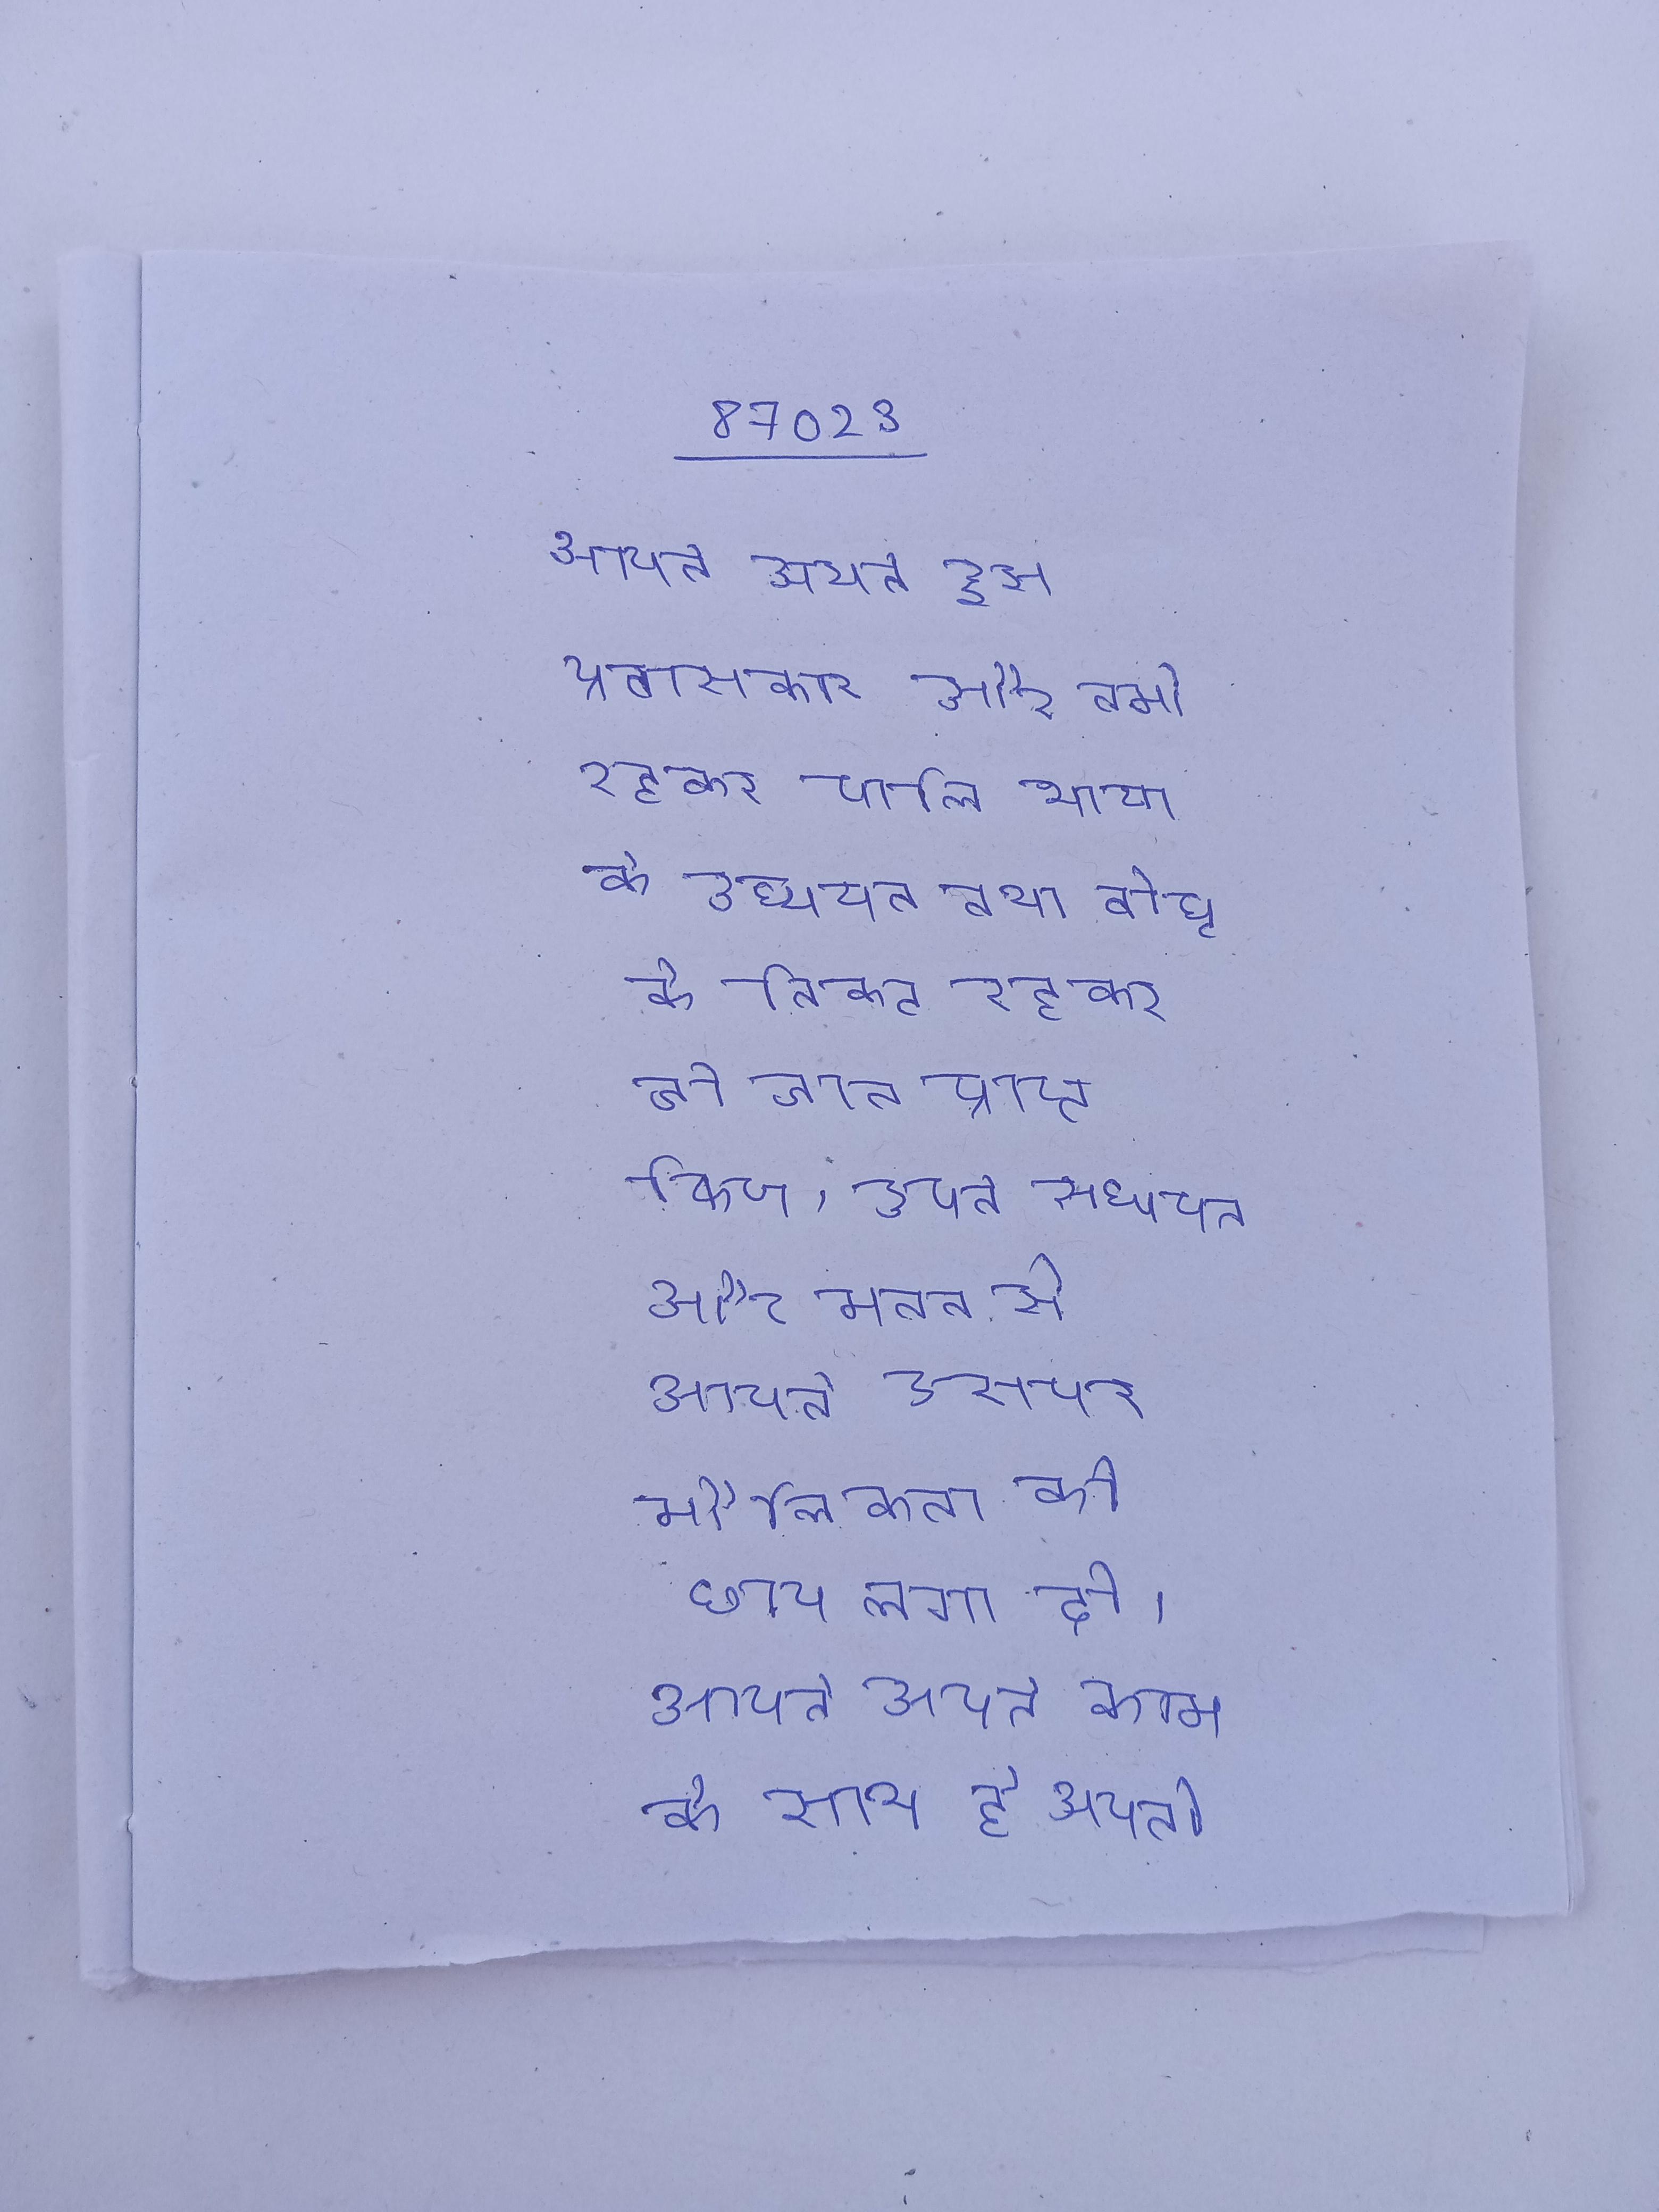
आपने अपने इस प्रवासकाल और वर्मा रहकर पालि भाषा के अध्ययन तथा बौद्ध के निकट रहकर जो ज्ञान प्राप्त किया, अपने अध्ययन और मनन से आपने उसपर मौलिकता की छाप लगा दी । आपने अपने काम के साथ ही अपनी समाज-सेवा, ग्राम-उत्थान ओर शिक्षा प्रसार की योजनानुसार घूम-घूम कर के को विद्याध्ययन की प्रेरणा दी ।